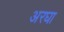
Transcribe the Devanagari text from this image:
अरघा